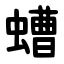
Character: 螬